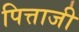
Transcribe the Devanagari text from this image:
पित्ताजी